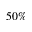
5 0 \%